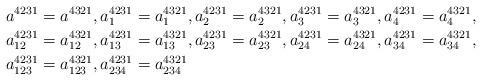
LaTeX: \begin{align*}a^{4231} & =a^{4321},a_{1}^{4231}=a_{1}^{4321},a_{2}^{4231}=a_{2}^{4321},a_{3}^{4231}=a_{3}^{4321},a_{4}^{4231}=a_{4}^{4321},\\a_{12}^{4231} & =a_{12}^{4321},a_{13}^{4231}=a_{13}^{4321},a_{23}^{4231}=a_{23}^{4321},a_{24}^{4231}=a_{24}^{4321},a_{34}^{4231}=a_{34}^{4321},\\a_{123}^{4231} & =a_{123}^{4321},a_{234}^{4231}=a_{234}^{4321}\end{align*}